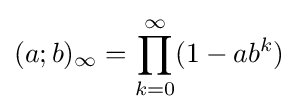
(a;b)_{\infty }=\prod _{k=0}^{\infty }(1-ab^{k})